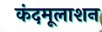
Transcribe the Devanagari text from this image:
कंदमूलाशन